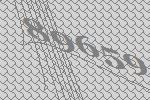
89659